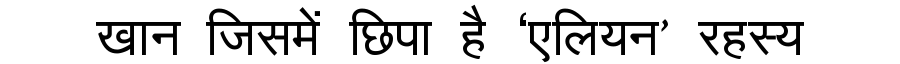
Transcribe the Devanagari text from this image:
खान जिसमें छिपा है ‘एलियन’ रहस्य